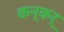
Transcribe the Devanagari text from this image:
कन्कर्